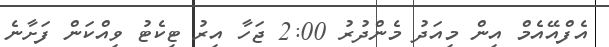
އެފްއޭއެމް އިން މިއަދު މެންދުރު 2:00 ޖަހާ އިރު ޓިކެޓު ވިއްކަން ފަށާނެ